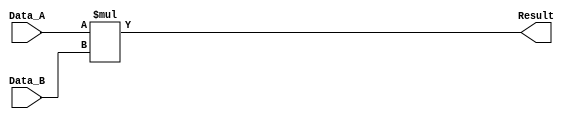
`timescale 1ns / 1ps
//////////////////////////////////////////////////////////////////////////////////
// Company: 
// Engineer: 
// 
// Design Name: 
// Module Name:    Multiplier_P 
// Project Name: 
// Target Devices: 
// Tool versions: 
// Description: 
//
// Dependencies: 
//
// Revision: 
// Revision 0.01 - File Created
// Additional Comments: 
//
//////////////////////////////////////////////////////////////////////////////////
module Multiplier_P
	//SINGLE PRECISION PARAMETER
	# (parameter W_Sgf = 23)
	//DOUBLE PRECISION PARAMETER
/* # (parameter W_Sgf = 52) */
	(
		input wire [W_Sgf:0] Data_A,
		input wire [W_Sgf:0] Data_B,
		output wire [2*W_Sgf+1:0] Result
    );

assign Result = Data_A*Data_B;

endmodule